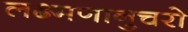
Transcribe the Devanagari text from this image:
लक्ष्मणानुचरो